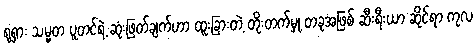
ရုရှား သမ္မတ ပူတင်ရဲ့ ဆုံးဖြတ်ချက်ဟာ ထူးခြားတဲ့ တိုးတက်မှု တခုအဖြစ် ဆီးရီးယာ ဆိုင်ရာ ကုလ